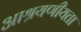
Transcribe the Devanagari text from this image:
आश्रयणीयता